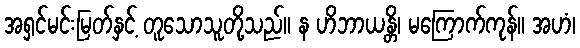
အရှင်မင်းမြတ်နှင့် တူသောသူတို့သည်။ န ဟိဘာယန္တိ၊ မကြောက်ကုန်။ အဟံ၊